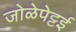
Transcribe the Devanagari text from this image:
जोळेपेट्टई